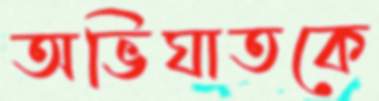
অভিঘাতকে